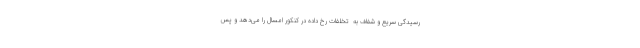
رسیدگی سریع و شفاف به  تخلفات رخ داده در کنکور امسال را می‌دهد و پس